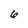
Character: 6